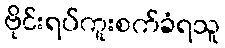
ဗိုင်းရပ်ကူးစက်ခံရသူ